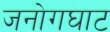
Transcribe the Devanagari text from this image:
जनोगघाट